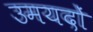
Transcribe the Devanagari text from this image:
उमयदों